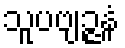
သူပဗျဉ္ဇနံ